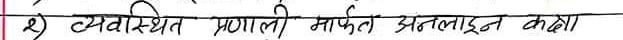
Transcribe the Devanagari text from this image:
२) व्यवस्थित प्रणाली मार्फत अनलाइन कक्षा